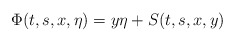
\begin{align*}\Phi(t,s,x,\eta)=y\eta+S(t,s,x,y)\end{align*}